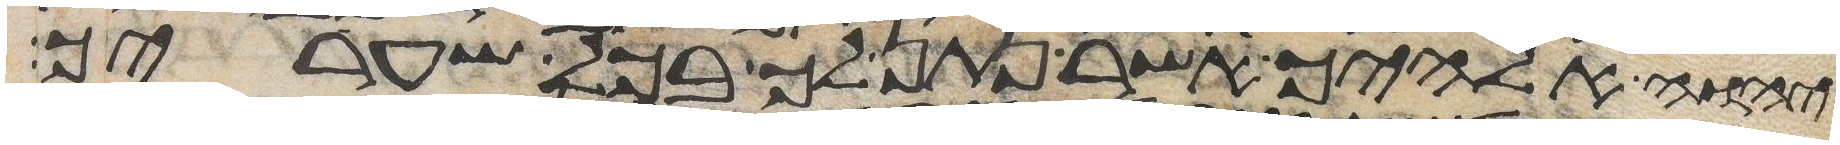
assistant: יהוה אלהיך אשר נתן לך בכל שעריך